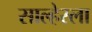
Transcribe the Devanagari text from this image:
साल्हेरला